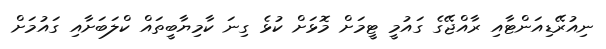
ނިއުރޭޑިއަންޓާއި ރާއްޖޭގެ ގައުމީ ޓީމަށް މޮޅަށް ކުޅެ ގިނަ ކާމިޔާބީތައް ކްލަބަށާއި ގައުމަށް